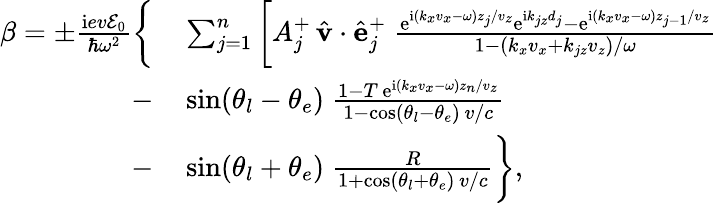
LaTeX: \begin{array}{rl}{\beta=\pm\frac{\mathrm{i}ev\mathcal{E}_{0}}{\hbar\omega^{2}}\bigg\{ }&{{}\sum_{j=1}^{n}\bigg[A_{j}^{+}\, \hat{\mathbf v}\cdot\hat{\mathbf e}_{j}^{+}\; \frac{\mathrm{e}^{\mathrm{i}(k_{x}v_{x}-\omega)z_{j}/v_{z}}\mathrm{e}^{\mathrm{i}k_{jz}d_{j}}-\mathrm{e}^{\mathrm{i}(k_{x}v_{x}-\omega)z_{j-1}/v_{z}}}{1-(k_{x}v_{x}+k_{jz}v_{z})/\omega}}\\ {-}&{{}\sin(\theta_{l}-\theta_{e})\; \frac{1-T\, \mathrm{e}^{\mathrm{i}(k_{x}v_{x}-\omega)z_{n}/v_{z}}}{1-\cos(\theta_{l}-\theta_{e})\, v/c}}\\ {-}&{{}\sin(\theta_{l}+\theta_{e})\; \frac{R}{1+\cos(\theta_{l}+\theta_{e})\, v/c}\bigg\} ,}\end{array}